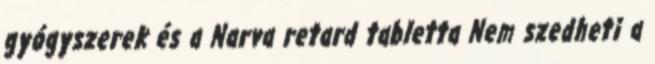
gyógyszerek és a Narva retard tabletta Nem szedheti a